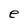
Character: e